Report on the working of the Ranchi Indian Mental Hospital, Kanke, in Bihar and Orissa - 1930-1940
Year: 1930
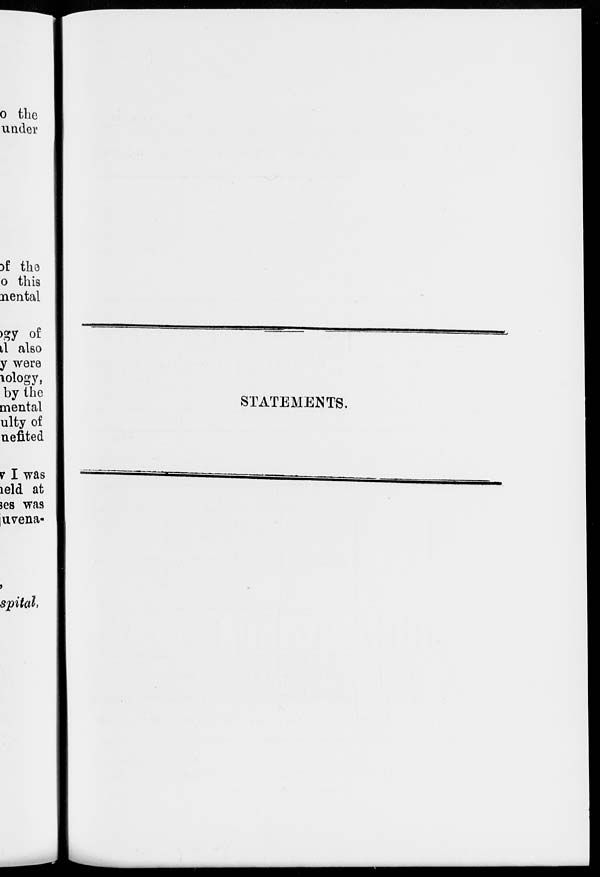
STATEMENTS.